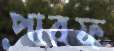
পারফ